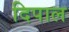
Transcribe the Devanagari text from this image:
दिपाल